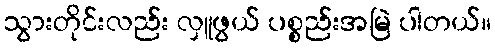
သွားတိုင်းလည်း လှူဖွယ် ပစ္စည်းအမြဲ ပါတယ်။